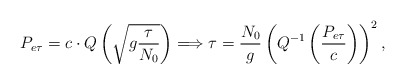
\begin{align*}P_{e\tau}= c\cdot Q\left(\sqrt{g\frac{\tau}{N_{0}}}\right)\Longrightarrow \tau=\frac{N_{0}}{g}\left(Q^{-1}\left(\frac{P_{e\tau}}{c}\right)\right)^{2},\end{align*}